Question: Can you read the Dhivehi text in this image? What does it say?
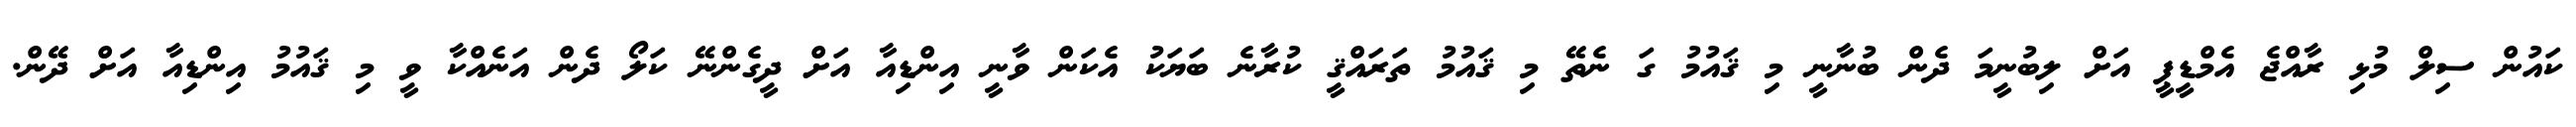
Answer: ކައުން ސިލް މުޅި ރާއްޖެ އެމްޑީޕީ އަށް ލިބުނީމަ ދެން ބުނާނީ މި ޤައުމު ގަ ނެތޭ މި ޤައުމު ތަރައްޤީ ކުރާނެ ބަޔަކު އެކަން ވާނީ އިންޑިއާ އަށް ދީގެންނޭ ކަލޯ ދެން އަނެއްކާ ވީ މި ޤައުމު އިންޑިއާ އަށް ދޭން.